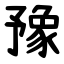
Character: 豫